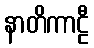
နာတိကာဠီ